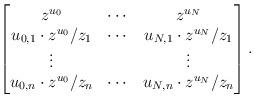
LaTeX: \begin{align*} \begin{bmatrix} z^{u_0} & \cdots & z^{u_N} \\ u_{0,1} \cdot z^{u_0}/z_1 & \cdots & u_{N,1} \cdot z^{u_N}/z_1 \\ \vdots && \vdots \\ u_{0,n} \cdot z^{u_0}/z_n & \cdots & u_{N,n} \cdot z^{u_N}/z_n \end{bmatrix}. \end{align*}